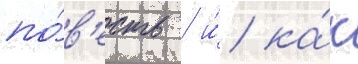
по́в'есть / и́ ка́к